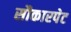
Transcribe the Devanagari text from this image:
सौकारपेट